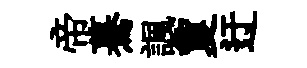
帝驀諷夐迂